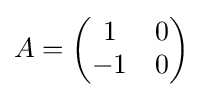
A={\begin{pmatrix}1&0\\-1&0\end{pmatrix}}